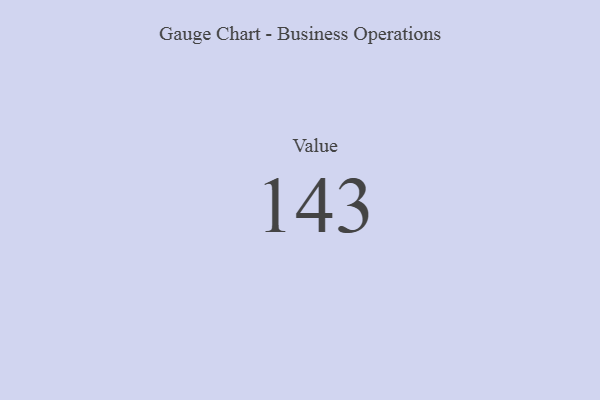
{"axis": {"x": "Metric", "y": "Value"}, "legend": [""], "data": [{"x": "Value", "y": 143, "type": ""}]}